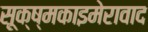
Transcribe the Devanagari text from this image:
सूक्ष्मकाइमेरावाद